Regulations for the medical services of the Army of India
Year: 1930
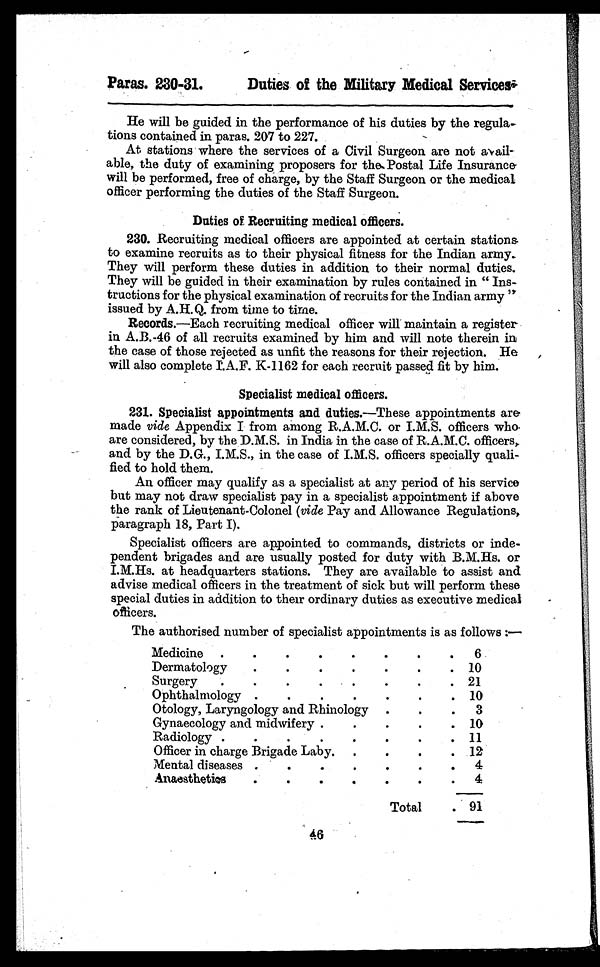
Paras. 230-31.
Duties of the Military Medical Services.
He will be guided in the performance of his duties by the regula-
tions contained in paras. 207 to 227.
At stations where the services of a Civil Surgeon are not avail
-able, the duty of examining proposers for the Postal Life Insurance
will be performed, free of charge, by the Staff Surgeon or the medical
officer performing the duties of the Staff Surgeon.
Duties of Recruiting medical officers.
230. Recruiting medical officers are appointed at certain stations
to examine recruits as to their physical fitness for the Indian army.
They will perform these duties in addition to their normal duties.
They will be guided in their examination by rules contained in " Ins-
tructions for the physical examination of recruits for the Indian army "
issued by A.H.Q. from time to time.
Records.—Each recruiting medical officer will maintain a register
in A.B.-46 of all recruits examined by him and will note therein in
the case of those rejected as unfit the reasons for their rejection. He
will also complete I.A.F. K-1162 for each recruit passed fit by him.
Specialist medical officers.
231. Specialist appointments and duties.—These appointments are
made vide Appendix I from among R.A.M.C. or I.M.S. officers who
are considered, by the D.M.S. in India in the case of R.A.M.C. officers,
and by the D.G., I.M.S., in the case of I.M.S. officers specially quali-
fied to hold them.
An officer may qualify as a specialist at any period of his service
but may not draw specialist pay in a specialist appointment if above
the rank of Lieutenant-Colonel (vide Pay and Allowance Regulations,
paragraph 18, Part I).
Specialist officers are appointed to commands, districts or inde-
pendent brigades and are usually posted for duty with B.M.Hs. or
I.M.Hs. at headquarters stations. They are available to assist and
advise medical officers in the treatment of sick but will perform these
special duties in addition to their ordinary duties as executive medical
officers.
The authorised number of specialist appointments is as follows :—
Medicine . . .
6
Dermatology . . .
10
Surgery . . .
21
Ophthalmology . . .
10
Otology, Laryngology and Rhinology . . .
3
Gynaecology and midwifery . . .
10
Radiology . . .
11
Officer in charge Brigade Laby . . .
12
Mental diseases . . .
4
Anaesthetics . . .
4
Total
91
46